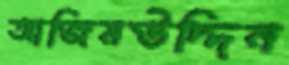
আজিমউদ্দিন